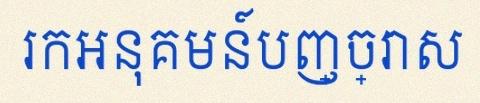
រកអនុគមន៍បញ្ច្រាស